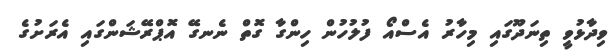
ވިދާޅުވީ ތިނަދޫގައި މިހާރު އެސްއޯ ފުލުހުން ހިންގާ ގޮތް ނެނގޭ އޮޕްރޭޝަންގައި އެރަށުގެ